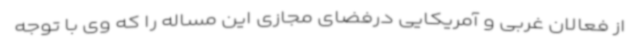
از فعالان غربی و آمریکایی درفضای مجازی این مساله را که وی با توجه